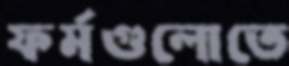
ফর্মগুলোতে